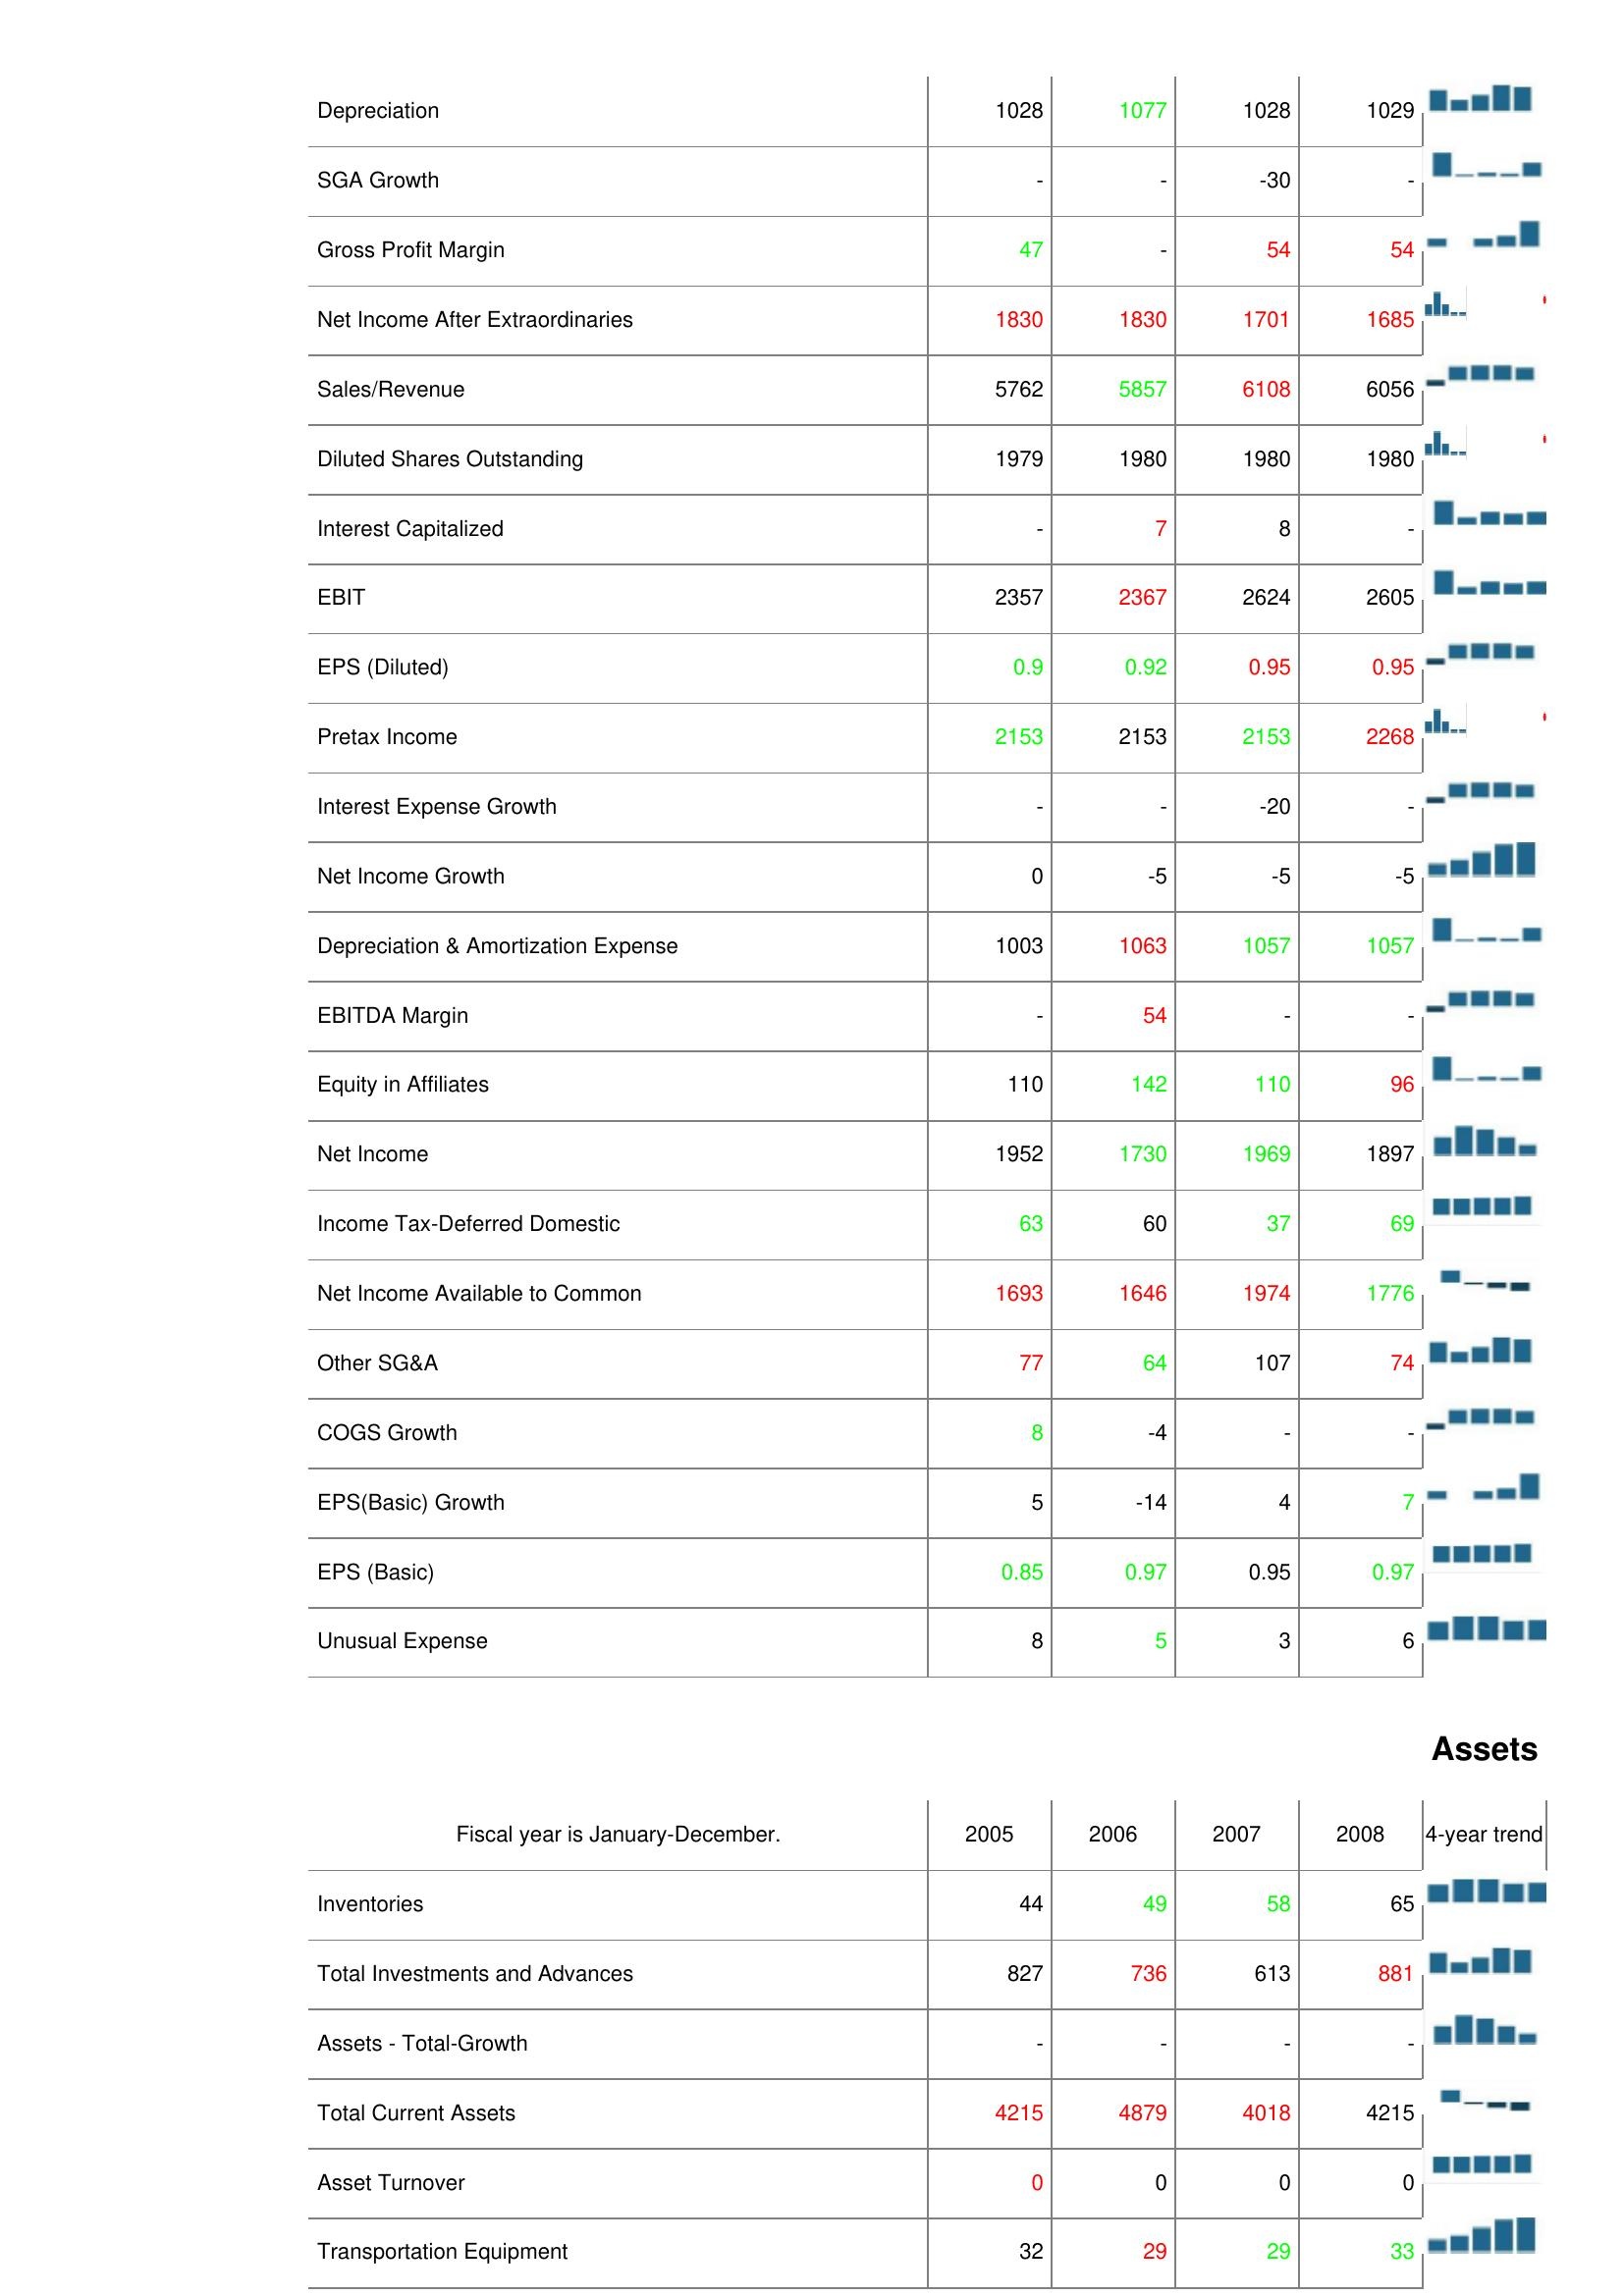
2005: : Depreciation: 1028
SGA Growth: -
Gross Profit Margin: 47
Net Income After Extraordinaries: 1830
Sales/Revenue: 5762
Diluted Shares Outstanding: 1979
Interest Capitalized: -
EBIT: 2357
EPS (Diluted): 0.9
Pretax Income: 2153
Interest Expense Growth: -
Net Income Growth: 0
Depreciation & Amortization Expense: 1003
EBITDA Margin: -
Equity in Affiliates: 110
Net Income: 1952
Income Tax-Deferred Domestic: 63
Net Income Available to Common: 1693
Other SG&A: 77
COGS Growth: 8
EPS(Basic) Growth: 5
EPS (Basic): 0.85
Unusual Expense: 8
Assets: Inventories: 44
Total Investments and Advances: 827
Assets - Total-Growth: -
Total Current Assets: 4215
Asset Turnover: 0
Transportation Equipment: 32
2006: : Depreciation: 1077
SGA Growth: -
Gross Profit Margin: -
Net Income After Extraordinaries: 1830
Sales/Revenue: 5857
Diluted Shares Outstanding: 1980
Interest Capitalized: 7
EBIT: 2367
EPS (Diluted): 0.92
Pretax Income: 2153
Interest Expense Growth: -
Net Income Growth: -5
Depreciation & Amortization Expense: 1063
EBITDA Margin: 54
Equity in Affiliates: 142
Net Income: 1730
Income Tax-Deferred Domestic: 60
Net Income Available to Common: 1646
Other SG&A: 64
COGS Growth: -4
EPS(Basic) Growth: -14
EPS (Basic): 0.97
Unusual Expense: 5
Assets: Inventories: 49
Total Investments and Advances: 736
Assets - Total-Growth: -
Total Current Assets: 4879
Asset Turnover: 0
Transportation Equipment: 29
2007: : Depreciation: 1028
SGA Growth: -30
Gross Profit Margin: 54
Net Income After Extraordinaries: 1701
Sales/Revenue: 6108
Diluted Shares Outstanding: 1980
Interest Capitalized: 8
EBIT: 2624
EPS (Diluted): 0.95
Pretax Income: 2153
Interest Expense Growth: -20
Net Income Growth: -5
Depreciation & Amortization Expense: 1057
EBITDA Margin: -
Equity in Affiliates: 110
Net Income: 1969
Income Tax-Deferred Domestic: 37
Net Income Available to Common: 1974
Other SG&A: 107
COGS Growth: -
EPS(Basic) Growth: 4
EPS (Basic): 0.95
Unusual Expense: 3
Assets: Inventories: 58
Total Investments and Advances: 613
Assets - Total-Growth: -
Total Current Assets: 4018
Asset Turnover: 0
Transportation Equipment: 29
2008: : Depreciation: 1029
SGA Growth: -
Gross Profit Margin: 54
Net Income After Extraordinaries: 1685
Sales/Revenue: 6056
Diluted Shares Outstanding: 1980
Interest Capitalized: -
EBIT: 2605
EPS (Diluted): 0.95
Pretax Income: 2268
Interest Expense Growth: -
Net Income Growth: -5
Depreciation & Amortization Expense: 1057
EBITDA Margin: -
Equity in Affiliates: 96
Net Income: 1897
Income Tax-Deferred Domestic: 69
Net Income Available to Common: 1776
Other SG&A: 74
COGS Growth: -
EPS(Basic) Growth: 7
EPS (Basic): 0.97
Unusual Expense: 6
Assets: Inventories: 65
Total Investments and Advances: 881
Assets - Total-Growth: -
Total Current Assets: 4215
Asset Turnover: 0
Transportation Equipment: 33